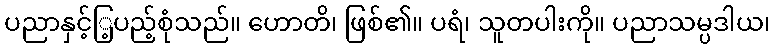
ပညာနှင့်ြ့ပည့်စုံသည်။ ဟောတိ၊ ဖြစ်၏။ ပရံ၊ သူတပါးကို။ ပညာသမ္ပဒါယ၊